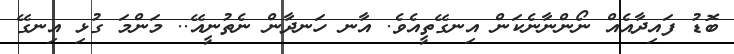
ބޮޑު ފައިދާއެއް ނޯންނާނެކަން އިނގޭތީއެވެ. އާނ ހަނދާން ނެތުނީއޭ.. މަންމަ ގުޅި އިނގޭ